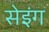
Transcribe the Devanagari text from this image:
सेइंग